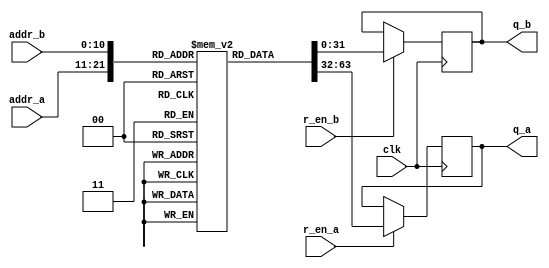
`timescale 1 ns / 1 ps

module iob_tdp_rom 
  #(
    parameter MEM_INIT_FILE="none",
    parameter DATA_W=32,
    parameter ADDR_W=11
    )
   (
    input                     clk,

    input [(ADDR_W-1):0]      addr_a,
    input                     r_en_a,
    output reg [(DATA_W-1):0] q_a,
    
    input [(ADDR_W-1):0]      addr_b,
    input                     r_en_b,
    output reg [(DATA_W-1):0] q_b
    );

   //this allows ISE 14.7 to work; do not remove
   localparam mem_init_file_int = MEM_INIT_FILE;

   
   // Declare the ROM
   reg [DATA_W-1:0] 			       rom[2**ADDR_W-1:0];

   // Initialize the ROM
   initial 
     if(mem_init_file_int != "none")
       $readmemh(MEM_INIT_FILE, rom, 0, 2**ADDR_W - 1);

   always @ (posedge clk) // Port A
     if (r_en_a)
       q_a <= rom[addr_a];

   always @ (posedge clk) // Port B
     if (r_en_b)
       q_b <= rom[addr_b];

 endmodule